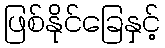
ဖြစ်နိုင်ခြေနှင့်